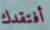
أفتقدك